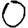
Digit: 0